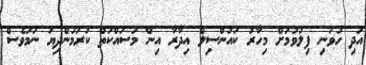
އަދި ހުވަނި ފިލުވުމަށް މިހާރު ކައުންސިލް އިދާރާ އިން މަސައްކަތް ކުރަމުންދިޔަ ނަމަވެސް